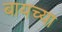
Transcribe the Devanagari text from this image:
बायच्या